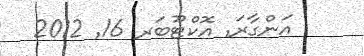
އަންގާރަ